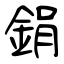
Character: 鋗